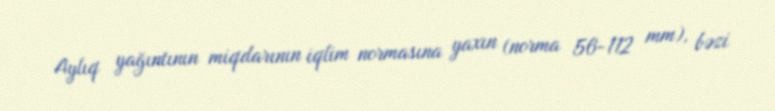
Aylıq yağıntının miqdarının iqlim normasına yaxın (norma 56-112 mm), bəzi